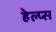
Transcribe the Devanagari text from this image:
हेल्प्स